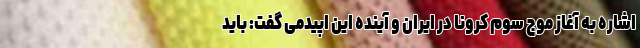
اشاره به آغاز موج سوم کرونا در ایران و آینده این اپیدمی گفت: باید